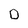
Character: D